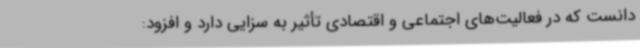
دانست که در فعالیت‌های اجتماعی و اقتصادی تأثیر به سزایی دارد و افزود: